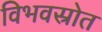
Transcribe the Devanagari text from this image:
विभवस्रोत